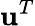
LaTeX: \mathbf{u}^{T}